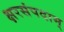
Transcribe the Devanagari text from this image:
क्षरसंपदाम्